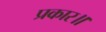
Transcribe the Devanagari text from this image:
प्रकार॥